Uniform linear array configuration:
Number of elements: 16
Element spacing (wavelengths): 1
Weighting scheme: blackman
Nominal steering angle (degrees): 45
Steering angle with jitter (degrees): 46.521
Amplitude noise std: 0.05
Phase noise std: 0.05

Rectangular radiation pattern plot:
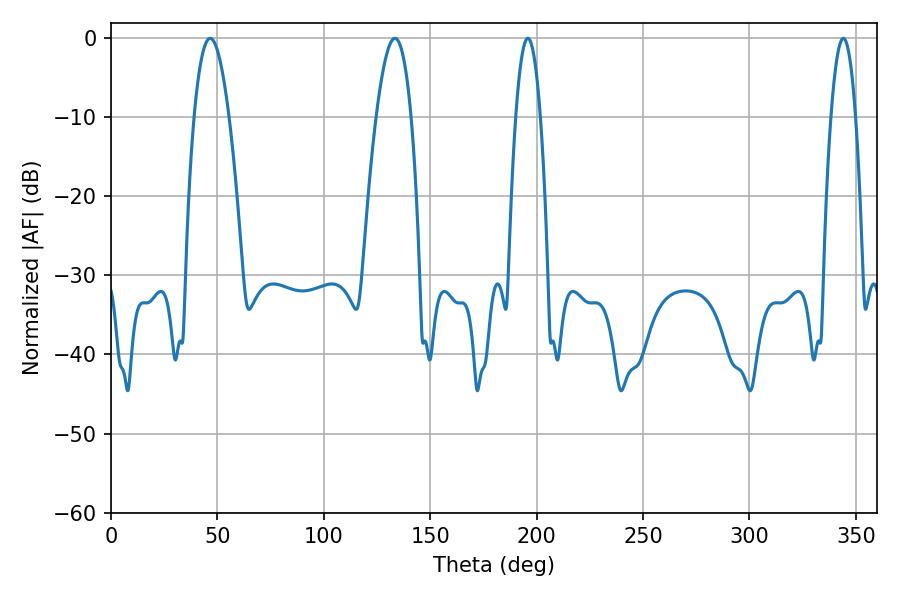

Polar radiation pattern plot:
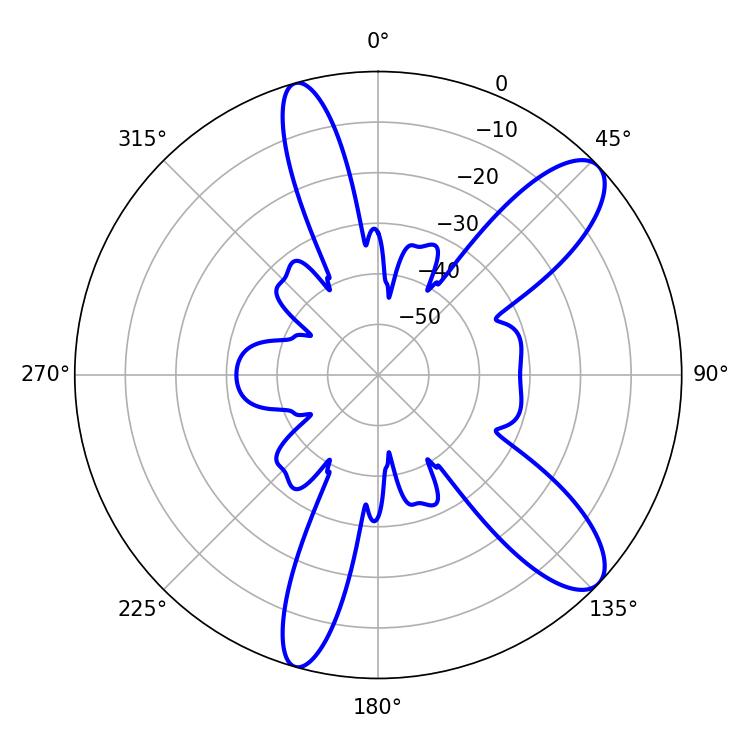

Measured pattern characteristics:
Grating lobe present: TRUE
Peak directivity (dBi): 10.424
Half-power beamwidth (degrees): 9
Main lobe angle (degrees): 46.62